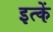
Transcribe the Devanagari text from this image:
इत्कें